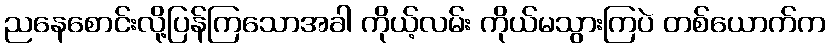
ညနေစောင်းလို့ပြန်ကြသောအခါ ကိုယ့်လမ်း ကိုယ်မသွားကြပဲ တစ်ယောက်က